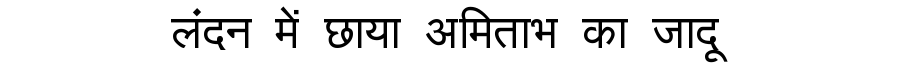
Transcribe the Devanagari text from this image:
लंदन में छाया अमिताभ का जादू